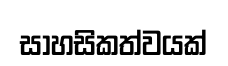
සාහසිකත්වයක්